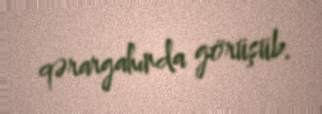
qərargahında görüşüb.